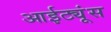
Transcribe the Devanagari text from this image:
आईट्यूंस